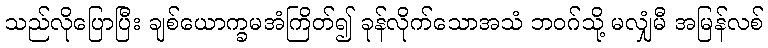
သည်လိုပြောပြီး ချစ်ယောက္ခမအံကြိတ်၍ ခုန်လိုက်သောအသံ ဘဝဂ်သို့ မလျှံမီ အမြန်လစ်